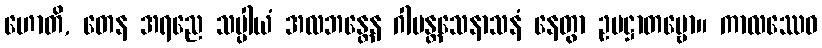
ဟောတိ, တေန အရညေ သပ္ပါယံ အလဘန္တေန ဂါမန္တသေနာသနံ နေတွာ ဥပဋ္ဌာတဗ္ဗော။ ကာလဿေဝ